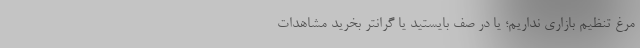
مرغ تنظیم بازاری نداریم؛ یا در صف بایستید یا گرانتر بخرید مشاهدات